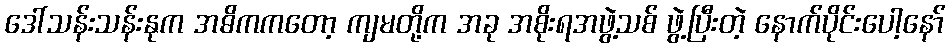
ဒေါ်သန်းသန်းနုက အဓိကကတော့ ကျမတို့က အခု အစိုးရအဖွဲ့သစ် ဖွဲ့ပြီးတဲ့ နောက်ပိုင်းပေါ့နော်